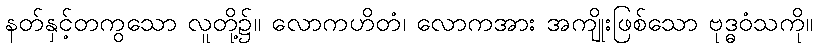
နတ်နှင့်တကွသော လူတို့၌။ လောကဟိတံ၊ လောကအား အကျိုးဖြစ်သော ဗုဒ္ဓဝံသကို။